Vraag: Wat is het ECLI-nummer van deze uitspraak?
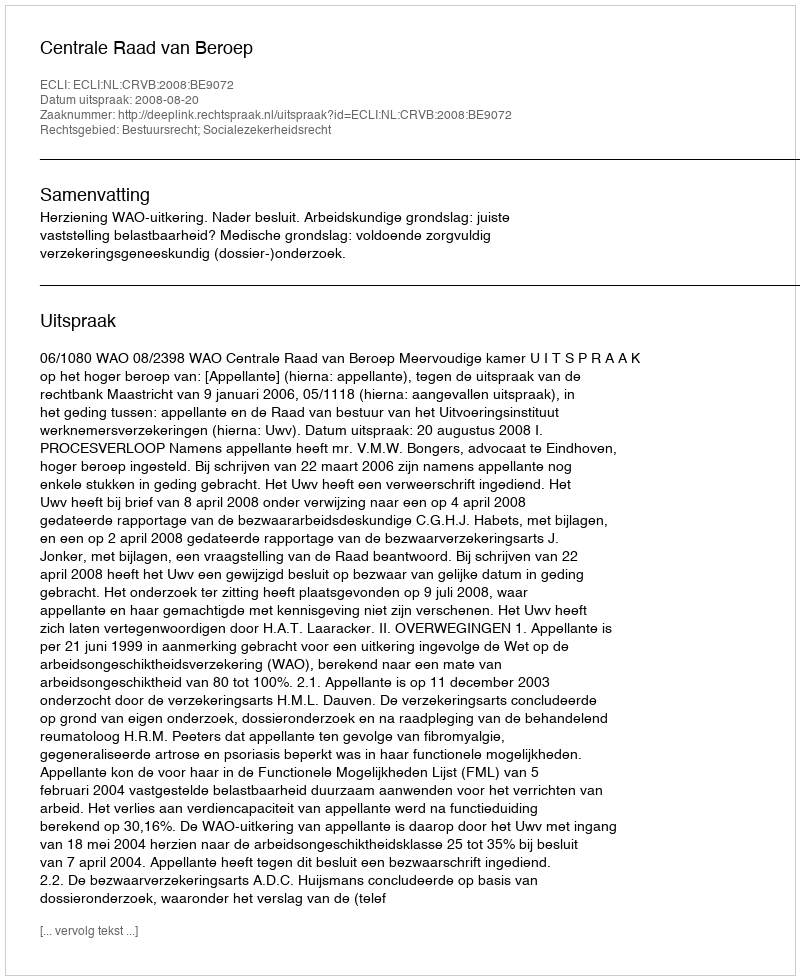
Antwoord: ECLI:NL:CRVB:2008:BE9072